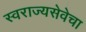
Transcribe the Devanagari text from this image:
स्वराज्यसेवेचा